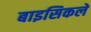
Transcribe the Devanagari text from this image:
बाइसिकलें